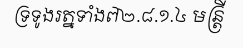
ទ្រទូងរត្នទាំង៧២.៨.១.៤ មន្ត្រី